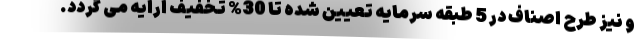
و نیز طرح اصناف در 5 طبقه سرمایه تعیین شده تا 30% تخفیف ارایه می گردد.